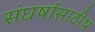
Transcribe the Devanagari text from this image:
संघर्षासाठीष